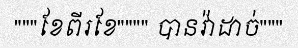
"""ខែពីរខែ"""" បានវ៉ាដាច់"""